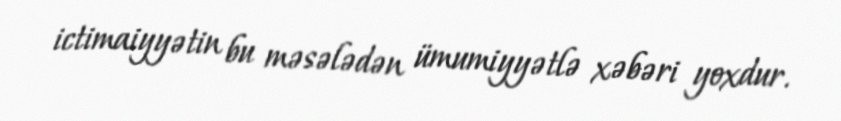
ictimaiyyətin bu məsələdən ümumiyyətlə xəbəri yoxdur.